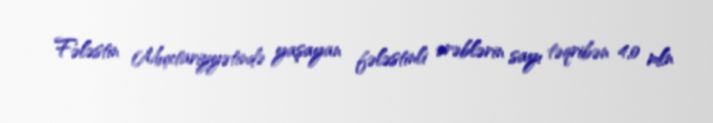
Fələstin Muxtariyyətində yaşayan fələstinli ərəblərin sayı təqribən 4,0 mln